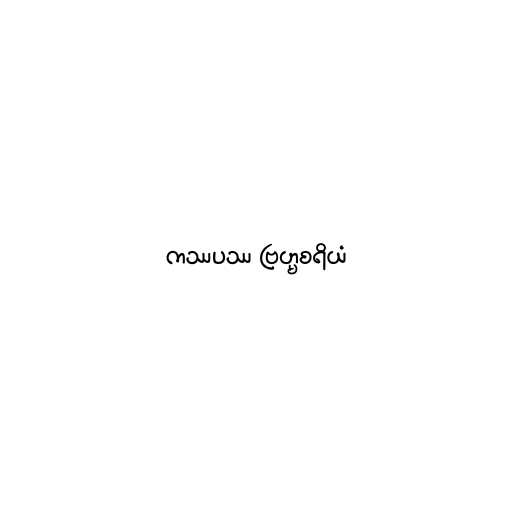
ကဿပဿ ဗြဟ္မစရိယံ